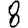
Digit: 8